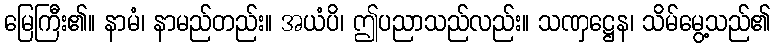
မြေကြီး၏။ နာမံ၊ နာမည်တည်း။ အယံပိ၊ ဤပညာသည်လည်း။ သဏှဋ္ဌေန၊ သိမ်မွေ့သည်၏